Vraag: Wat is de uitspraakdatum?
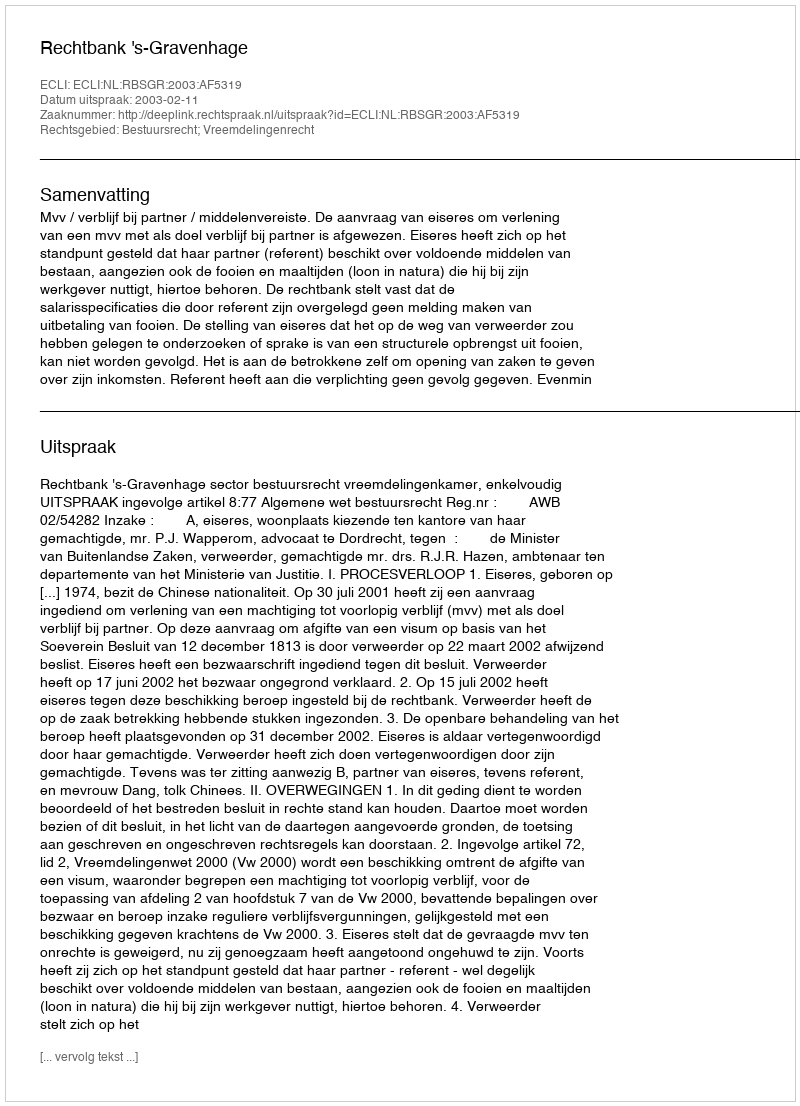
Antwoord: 2003-02-11